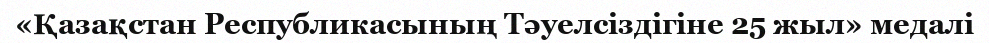
«Қазақстан Республикасының Тәуелсіздігіне 25 жыл» медалі